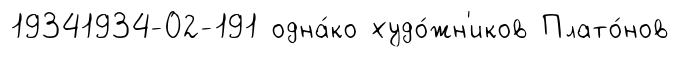
19341934-02-191 одна́ко худо́жн'иков Плато́нов